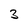
Character: 3